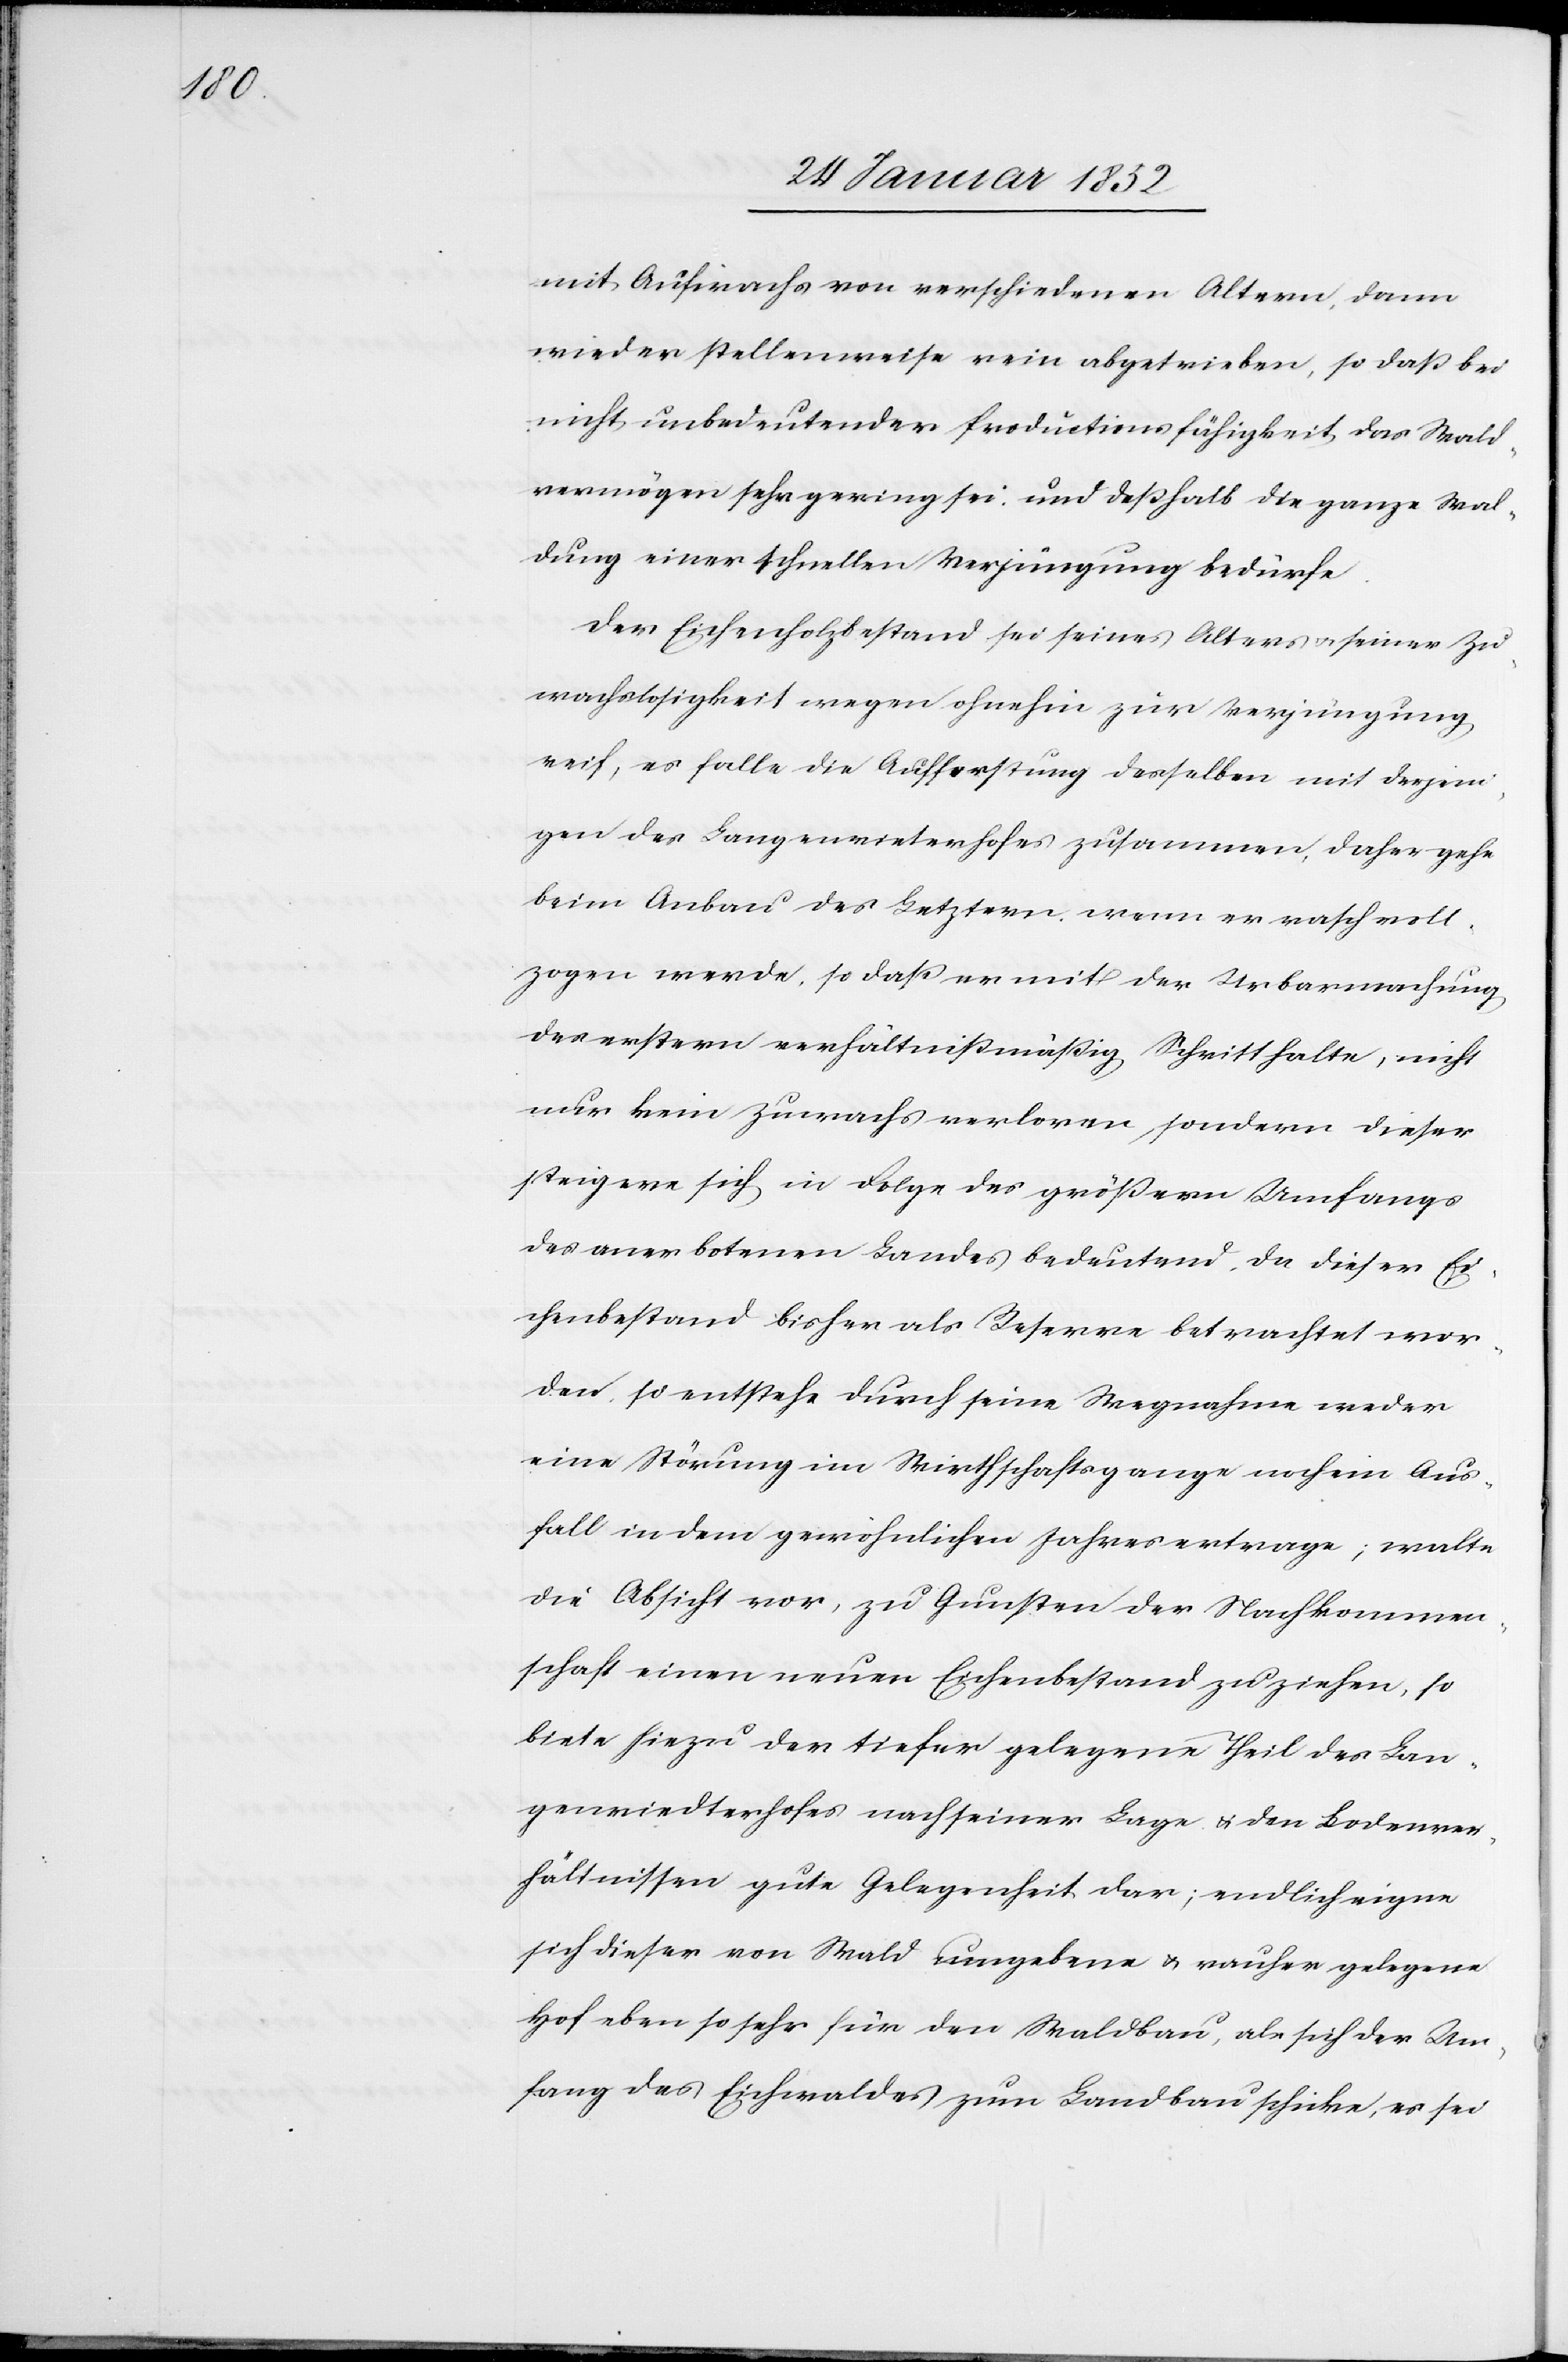
mit Aufwachs von verschiedenen Altern, dann
wieder stellenweise rein abgetrieben, so daß bei
nicht unbedeutender Productionsfähigkeit das Wald¬
vermögen sehr gering sei; und deßhalb die ganze Wal¬
dung einer schnelle Verjüngung bedürfe.
Der Eichenholzbestand sei seines Alters u. seiner Zu¬
wachslosigkeit wegen ohnehin zur Verjüngung
reif, es falle die Aufforstung desselben mit derjeni¬
gen des Langenrieterhofes zusammen, daher gehe
beim Anbau des Letztern wenn er nachvoll¬
zogen werde, so daß er mit der Urbarmachung
der erstern verhältnißmäßig Schritt halte, nicht
nur kein Zuwachs verloren, sondern dieser
steigere sich in Folge des größern Umfangs
des anerbotenen Landes bedeutend, da dieser Ei¬
chenbestand bisher als Reserve betrachtet wor¬
den, so entstehe durch seine Wegnahme weder
eine Störung im Wirthschaftsgange noch ein Aus¬
fall in dem gewöhnlichen Jahresertrage; walte
die Absicht vor, zu Gunsten der Nachkommen¬
schaft einen neuen Eichenbestand zu ziehen, so
biete hiezu der tiefer gelegene Theil des Lan¬
genriedterhofes nach seiner Lage u. den Bodenver¬
hältnissen gute Gelegenheit dar; endlich eigne
sich dieser von Wald umgebene u. rauher gelegene
Hof eben so sehr für den Waldbau, als sich der Um¬
fang des Eichenwaldes zum Landbau schicke, es sei